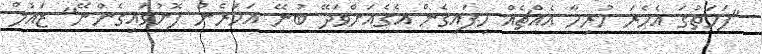
"ފަހަތުގަ އެހެރަ ހުރިހާ އެއްޗެއް ހިފައިގެން އެގެއަށްވަދޭ ބުނޭ އަހަރެން ފޮނުވައިގެންނޭ" ޒައުލް